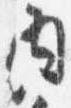
内